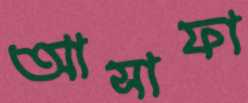
আসাফা